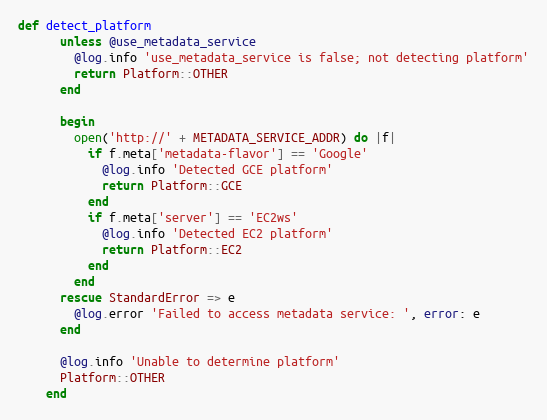
Language: Ruby
def detect_platform
      unless @use_metadata_service
        @log.info 'use_metadata_service is false; not detecting platform'
        return Platform::OTHER
      end

      begin
        open('http://' + METADATA_SERVICE_ADDR) do |f|
          if f.meta['metadata-flavor'] == 'Google'
            @log.info 'Detected GCE platform'
            return Platform::GCE
          end
          if f.meta['server'] == 'EC2ws'
            @log.info 'Detected EC2 platform'
            return Platform::EC2
          end
        end
      rescue StandardError => e
        @log.error 'Failed to access metadata service: ', error: e
      end

      @log.info 'Unable to determine platform'
      Platform::OTHER
    end